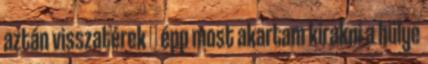
aztán visszatérek 😉 épp most akartam kirakni a hülye